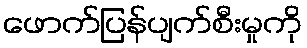
ဖောက်ပြန်ပျက်စီးမှုကို